画像に写った文字を読んでください
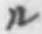
「ル」と書いてあります